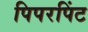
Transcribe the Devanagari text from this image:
पिपरपिंट